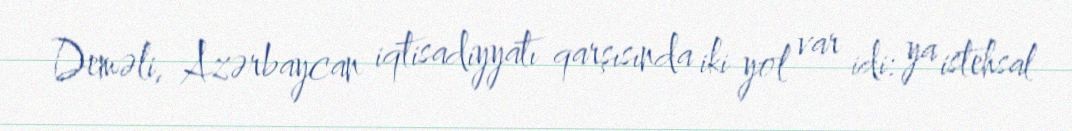
Deməli, Azərbaycan iqtisadiyyatı qarşısında iki yol var idi: ya istehsal